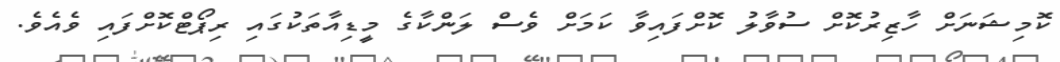
ކޮމިޝަނަށް ހާޒިރުކޮށް ސުވާލު ކޮށްފައިވާ ކަަމަށް ވެސް ލަންކާގެ މީޑިއާތަކުގައި ރިޕޯޓްކޮށްފައި ވެއެވެ.